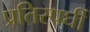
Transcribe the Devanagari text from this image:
प्रतिस्पर्घी